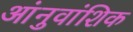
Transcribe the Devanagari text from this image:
आंनुवांशिक